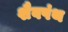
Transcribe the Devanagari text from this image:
शैवपंथ